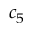
c _ { 5 }